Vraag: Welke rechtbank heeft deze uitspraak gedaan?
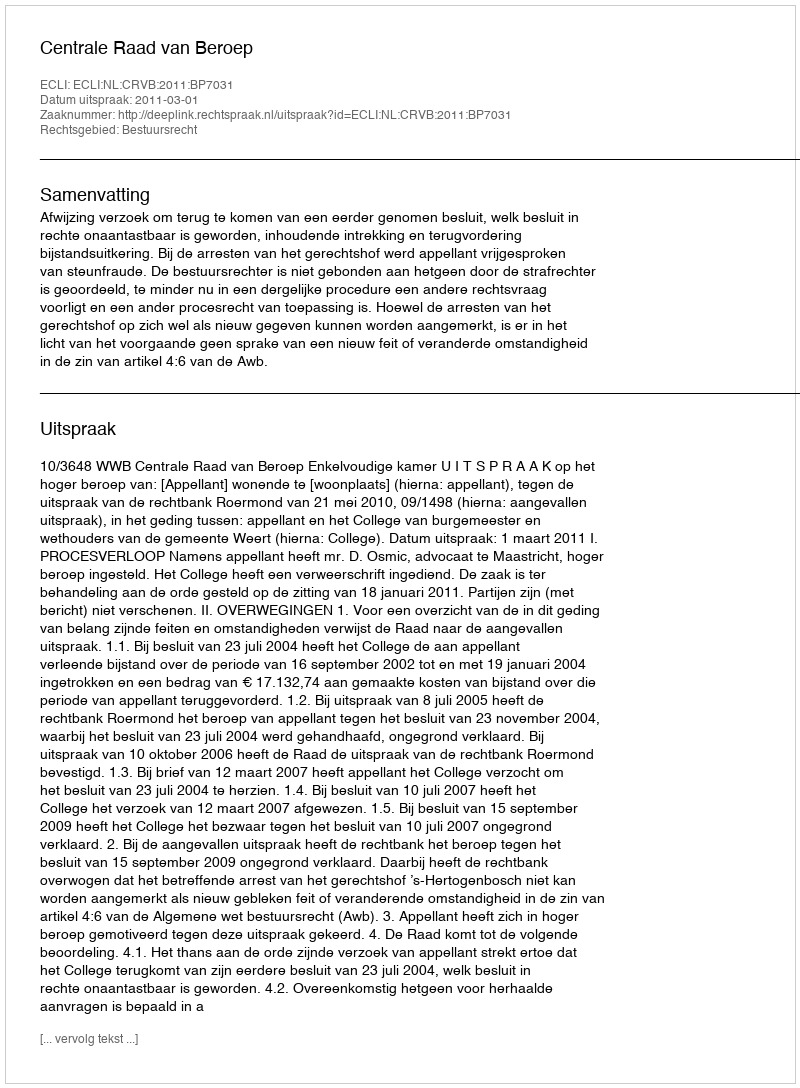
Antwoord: Centrale Raad van Beroep